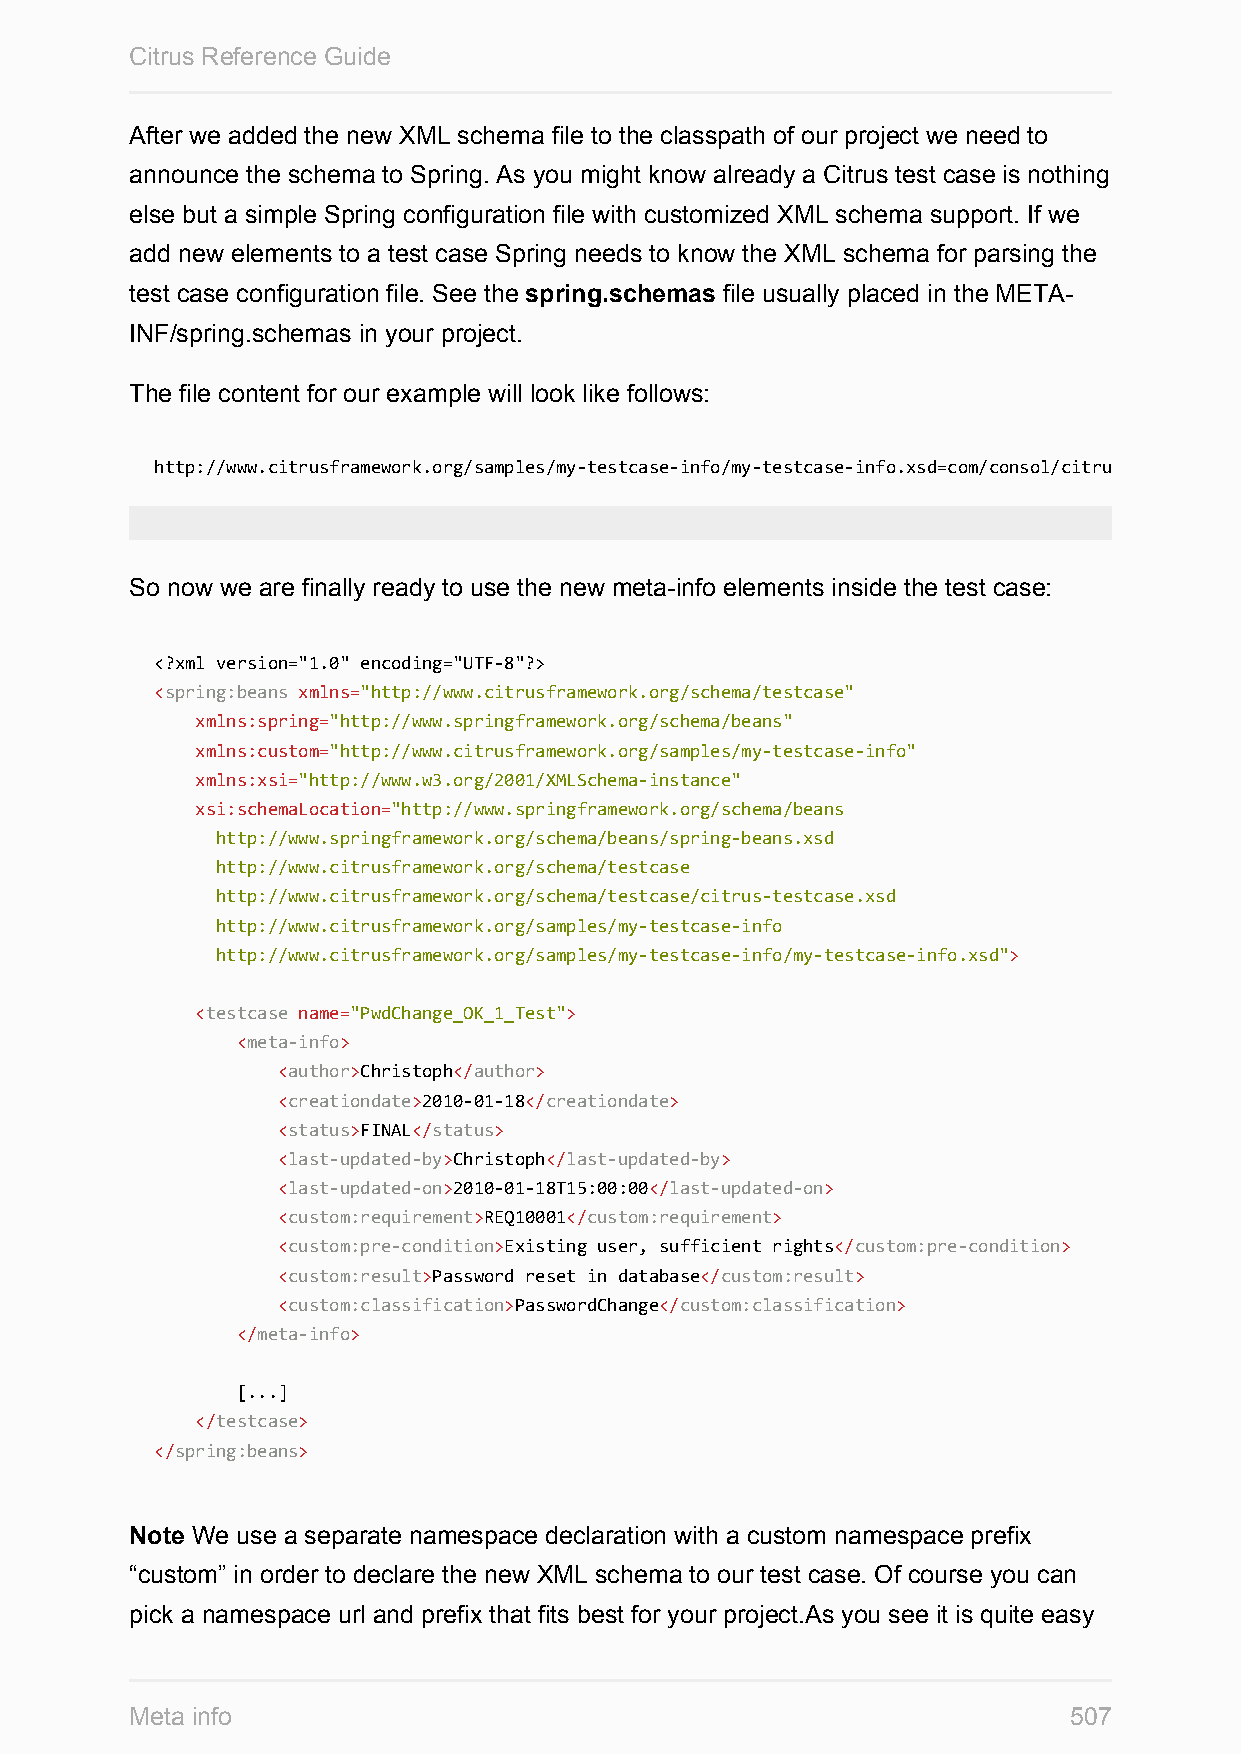
Citrus Reference Guide
 After we added the new XML schema file to the classpath of our project we need to
 announce the schema to Spring. As you might know already a Citrus test case is nothing
 else but a simple Spring configuration file with customized XML schema support. If we
 add new elements to a test case Spring needs to know the XML schema for parsing the
 test case configuration file. See the spring.schemas file usually placed in the META-
 INF/spring.schemas in your project.
 The file content for our example will look like follows:
 http://www.citrusframework.org/samples/my-testcase-info/my-testcase-info.xsd=com/consol/citrus/schemas/my-testcase-info.xsd
 So now we are finally ready to use the new meta-info elements inside the test case:
 <?xml version="1.0" encoding="UTF-8"?>
 <spring:beans xmlns="http://www.citrusframework.org/schema/testcase"
 xmlns:spring="http://www.springframework.org/schema/beans"
 xmlns:custom="http://www.citrusframework.org/samples/my-testcase-info"
 xmlns:xsi="http://www.w3.org/2001/XMLSchema-instance"
 xsi:schemaLocation="http://www.springframework.org/schema/beans
 http://www.springframework.org/schema/beans/spring-beans.xsd
 http://www.citrusframework.org/schema/testcase
 http://www.citrusframework.org/schema/testcase/citrus-testcase.xsd
 http://www.citrusframework.org/samples/my-testcase-info
 http://www.citrusframework.org/samples/my-testcase-info/my-testcase-info.xsd">
 <testcase name="PwdChange_OK_1_Test">
 <meta-info>
 <author>Christoph</author>
 <creationdate>2010-01-18</creationdate>
 <status>FINAL</status>
 <last-updated-by>Christoph</last-updated-by>
 <last-updated-on>2010-01-18T15:00:00</last-updated-on>
 <custom:requirement>REQ10001</custom:requirement>
 <custom:pre-condition>Existing user, sufficient rights</custom:pre-condition>
 <custom:result>Password reset in database</custom:result>
 <custom:classification>PasswordChange</custom:classification>
 </meta-info>
 [...]
 </testcase>
 </spring:beans>
 Note We use a separate namespace declaration with a custom namespace prefix
 “custom” in order to declare the new XML schema to our test case. Of course you can
 pick a namespace url and prefix that fits best for your project.As you see it is quite easy
 Meta info                                                     507